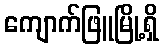
ကျောက်ဖြူမြို့ရှိ